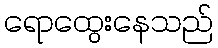
ရောထွေးနေသည်